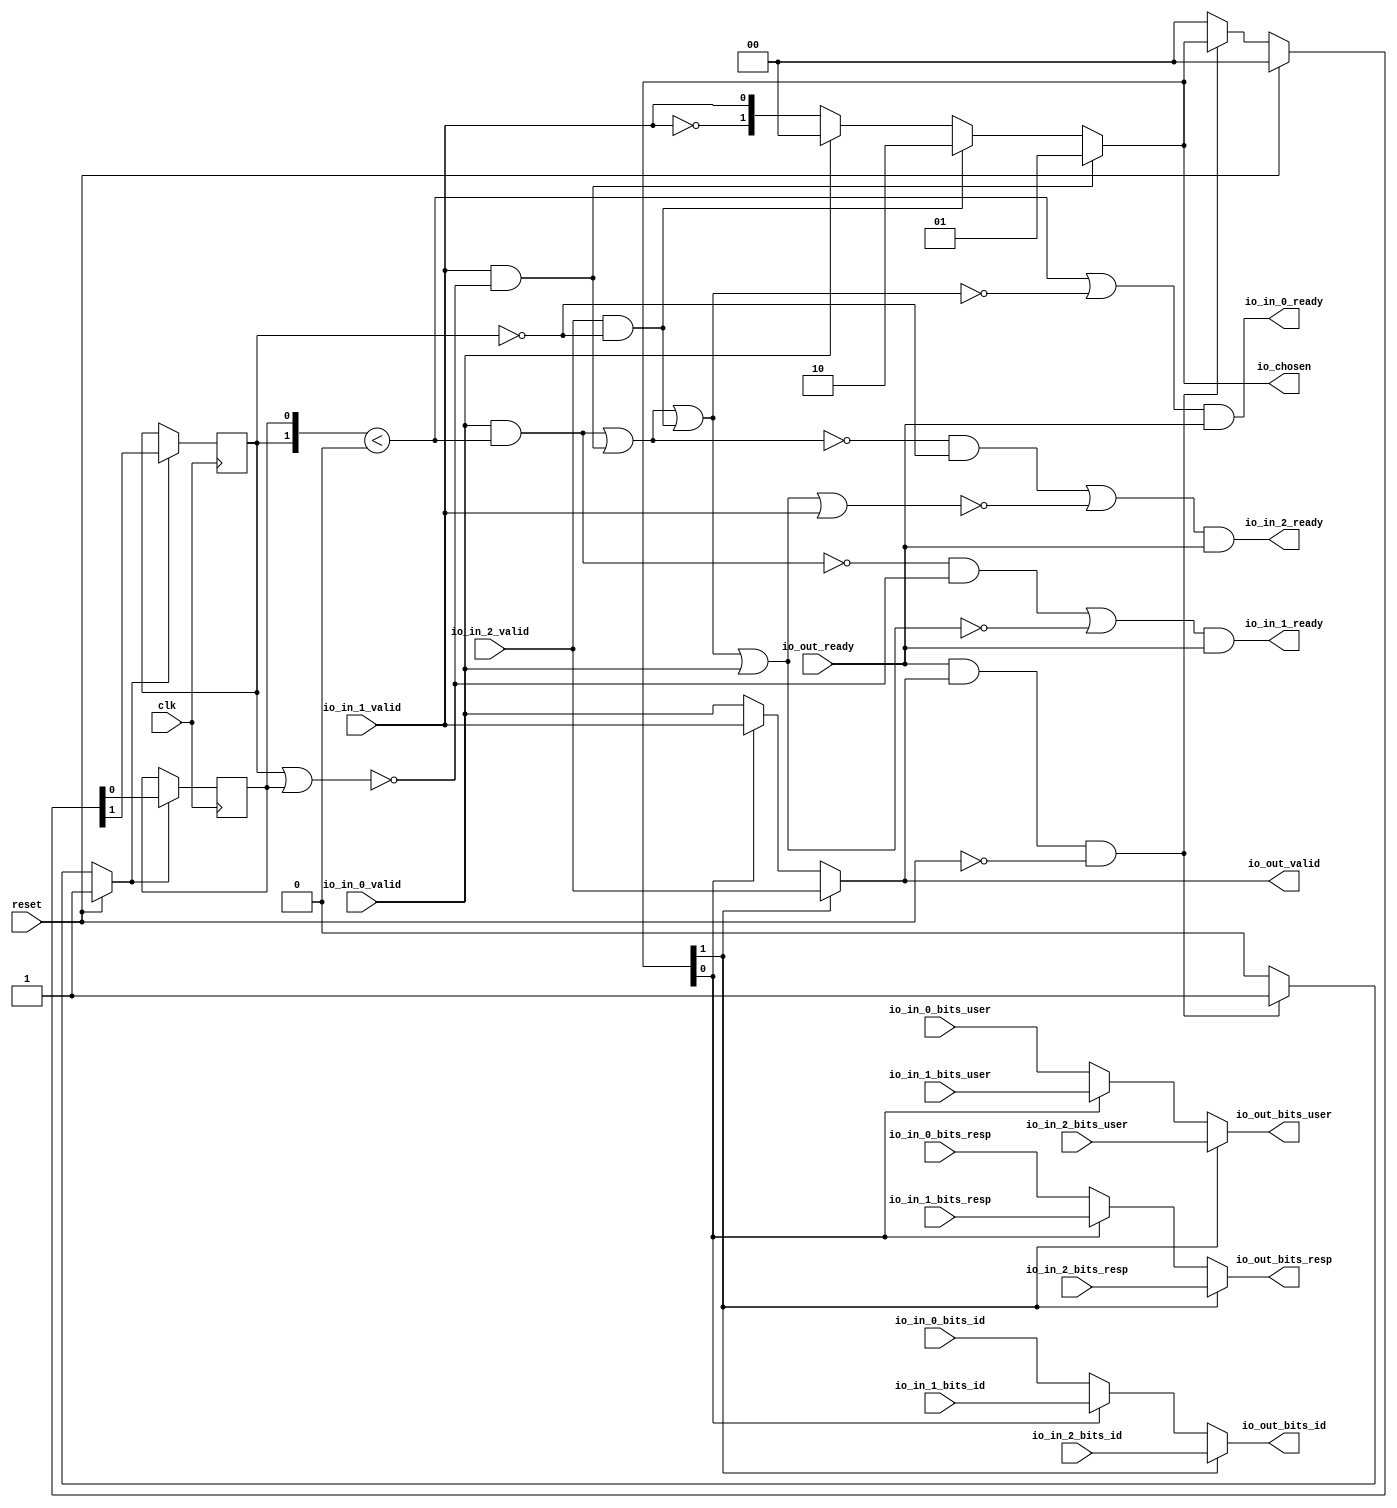
// This program was cloned from: https://github.com/NYU-MLDA/OpenABC
// License: BSD 3-Clause "New" or "Revised" License

module RRArbiter_4
(
  clk,
  reset,
  io_in_2_ready,
  io_in_2_valid,
  io_in_2_bits_resp,
  io_in_2_bits_id,
  io_in_2_bits_user,
  io_in_1_ready,
  io_in_1_valid,
  io_in_1_bits_resp,
  io_in_1_bits_id,
  io_in_1_bits_user,
  io_in_0_ready,
  io_in_0_valid,
  io_in_0_bits_resp,
  io_in_0_bits_id,
  io_in_0_bits_user,
  io_out_ready,
  io_out_valid,
  io_out_bits_resp,
  io_out_bits_id,
  io_out_bits_user,
  io_chosen
);

  input [1:0] io_in_2_bits_resp;
  input [5:0] io_in_2_bits_id;
  input [1:0] io_in_1_bits_resp;
  input [5:0] io_in_1_bits_id;
  input [1:0] io_in_0_bits_resp;
  input [5:0] io_in_0_bits_id;
  output [1:0] io_out_bits_resp;
  output [5:0] io_out_bits_id;
  output [1:0] io_chosen;
  input clk;
  input reset;
  input io_in_2_valid;
  input io_in_2_bits_user;
  input io_in_1_valid;
  input io_in_1_bits_user;
  input io_in_0_valid;
  input io_in_0_bits_user;
  input io_out_ready;
  output io_in_2_ready;
  output io_in_1_ready;
  output io_in_0_ready;
  output io_out_valid;
  output io_out_bits_user;
  wire [1:0] io_out_bits_resp,io_chosen,T0,T1,T2,T19;
  wire [5:0] io_out_bits_id,T15;
  wire io_in_2_ready,io_in_1_ready,io_in_0_ready,io_out_valid,io_out_bits_user,N0,N1,
  N2,N3,N4,N5,N6,N7,N8,N9,N10,T7,N11,T3,N12,N13,N14,T4,T6,T8,N15,T10,N16,T23,T27,
  T37,T28,T29,T32,T30,T31,T35,T33,T34,T36,T39,T44,T40,T41,T42,T43,T46,T45,T48,T54,
  T49,T50,T51,T52,T53,T56,T55,T57,N17,N18,N19,N20,N21,N22,N23,N24,N25,N26;
  reg [1:0] last_grant;
  assign T36 = last_grant < 1'b0;
  assign T37 = last_grant < 1'b0;

  always @(posedge clk) begin
    if(N19) begin
      last_grant[1] <= N21;
    end 
  end


  always @(posedge clk) begin
    if(N19) begin
      last_grant[0] <= N20;
    end 
  end

  assign io_chosen = (N0)? { 1'b0, 1'b1 } : 
                     (N1)? T0 : 1'b0;
  assign N0 = T7;
  assign N1 = N11;
  assign T0 = (N2)? { 1'b1, 1'b0 } : 
              (N3)? T1 : 1'b0;
  assign N2 = T3;
  assign N3 = N12;
  assign T1 = (N4)? { 1'b0, 1'b0 } : 
              (N5)? T2 : 1'b0;
  assign N4 = io_in_0_valid;
  assign N5 = N13;
  assign io_out_bits_user = (N6)? io_in_2_bits_user : 
                            (N7)? T10 : 1'b0;
  assign N6 = io_chosen[1];
  assign N7 = N15;
  assign T10 = (N8)? io_in_1_bits_user : 
               (N9)? io_in_0_bits_user : 1'b0;
  assign N8 = io_chosen[0];
  assign N9 = N16;
  assign io_out_bits_id = (N6)? io_in_2_bits_id : 
                          (N7)? T15 : 1'b0;
  assign T15 = (N8)? io_in_1_bits_id : 
               (N9)? io_in_0_bits_id : 1'b0;
  assign io_out_bits_resp = (N6)? io_in_2_bits_resp : 
                            (N7)? T19 : 1'b0;
  assign T19 = (N8)? io_in_1_bits_resp : 
               (N9)? io_in_0_bits_resp : 1'b0;
  assign io_out_valid = (N6)? io_in_2_valid : 
                        (N7)? T23 : 1'b0;
  assign T23 = (N8)? io_in_1_valid : 
               (N9)? io_in_0_valid : 1'b0;
  assign N19 = (N10)? 1'b1 : 
               (N23)? 1'b1 : 
               (N18)? 1'b0 : 1'b0;
  assign N10 = reset;
  assign { N21, N20 } = (N10)? { 1'b0, 1'b0 } : 
                        (N23)? io_chosen : 1'b0;
  assign N11 = ~T7;
  assign N12 = ~T3;
  assign N13 = ~io_in_0_valid;
  assign N14 = ~io_in_1_valid;
  assign T2[0] = io_in_1_valid;
  assign T2[1] = N14;
  assign T3 = io_in_2_valid & T4;
  assign T4 = ~last_grant[1];
  assign T6 = io_out_ready & io_out_valid;
  assign T7 = io_in_1_valid & T8;
  assign T8 = ~N24;
  assign N24 = last_grant[1] | last_grant[0];
  assign N15 = ~io_chosen[1];
  assign N16 = ~io_chosen[0];
  assign io_in_0_ready = T27 & io_out_ready;
  assign T27 = T37 | T28;
  assign T28 = ~T29;
  assign T29 = T32 | T30;
  assign T30 = io_in_2_valid & T31;
  assign T31 = ~last_grant[1];
  assign T32 = T35 | T33;
  assign T33 = io_in_1_valid & T34;
  assign T34 = ~N25;
  assign N25 = last_grant[1] | last_grant[0];
  assign T35 = io_in_0_valid & T36;
  assign io_in_1_ready = T39 & io_out_ready;
  assign T39 = T44 | T40;
  assign T40 = ~T41;
  assign T41 = T42 | io_in_0_valid;
  assign T42 = T43 | T30;
  assign T43 = T35 | T33;
  assign T44 = T46 & T45;
  assign T45 = ~N26;
  assign N26 = last_grant[1] | last_grant[0];
  assign T46 = ~T35;
  assign io_in_2_ready = T48 & io_out_ready;
  assign T48 = T54 | T49;
  assign T49 = ~T50;
  assign T50 = T51 | io_in_1_valid;
  assign T51 = T52 | io_in_0_valid;
  assign T52 = T53 | T30;
  assign T53 = T35 | T33;
  assign T54 = T56 & T55;
  assign T55 = ~last_grant[1];
  assign T56 = ~T57;
  assign T57 = T35 | T33;
  assign N17 = T6 | reset;
  assign N18 = ~N17;
  assign N22 = ~reset;
  assign N23 = T6 & N22;

endmodule